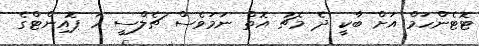
ޓޮޓެންހަމް އަށް ބާކީ ދެ މެޗު އޮތް ނަމަވެސް ޗެލްސީ ހަ ޕޮއިންޓްގެ